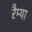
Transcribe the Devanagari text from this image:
रैम्या